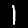
Digit: 1